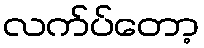
လက်ပ်တော့